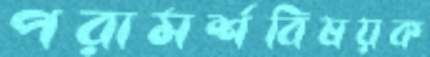
পরামর্শবিষয়ক